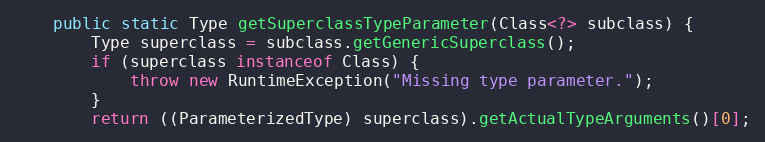
Language: Java
	public static Type getSuperclassTypeParameter(Class<?> subclass) {
		Type superclass = subclass.getGenericSuperclass();
		if (superclass instanceof Class) {
			throw new RuntimeException("Missing type parameter.");
		}
		return ((ParameterizedType) superclass).getActualTypeArguments()[0];